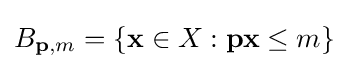
B_{\mathbf {p} ,m}=\left\{\mathbf {x} \in X:\mathbf {p} \mathbf {x} \leq m\right\}